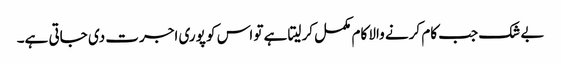
بے شک جب کام کرنے والا کام مکمل کرلیتا ہے تو اس کو پوری اجرت دی جاتی ہے۔